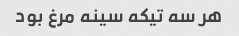
هر سه تیکه سینه مرغ بود